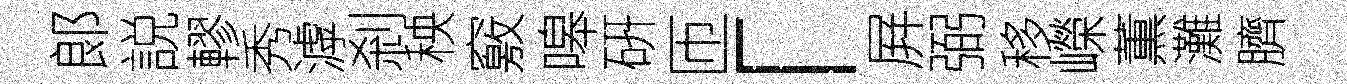
郞説轇秀滹剎秧竅嗥硏匝「屛弼移嶸薫灘臍